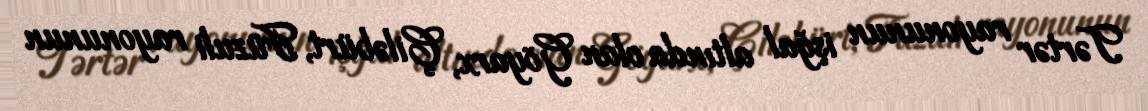
Tərtər rayonunun işğal altında olan Göyarx, Çiləbürt, Füzuli rayonunun